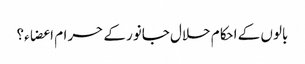
بالوں کے احکام حلال جانور کے حرام اعضاء؟